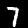
Label: 7